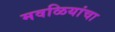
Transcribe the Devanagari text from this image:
मवळियांचा